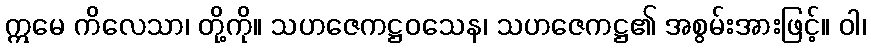
ဣမေ ကိလေသာ၊ တို့ကို။ သဟဇေကဋ္ဌဝသေန၊ သဟဇေကဋ္ဌ၏ အစွမ်းအားဖြင့်။ ဝါ၊